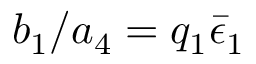
b _ { 1 } / a _ { 4 } = q _ { 1 } \bar { \epsilon } _ { 1 }